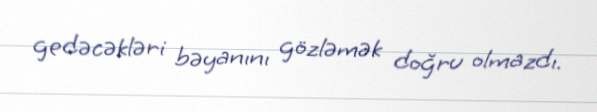
gedəcəkləri bəyanını gözləmək doğru olmazdı.